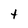
Character: t